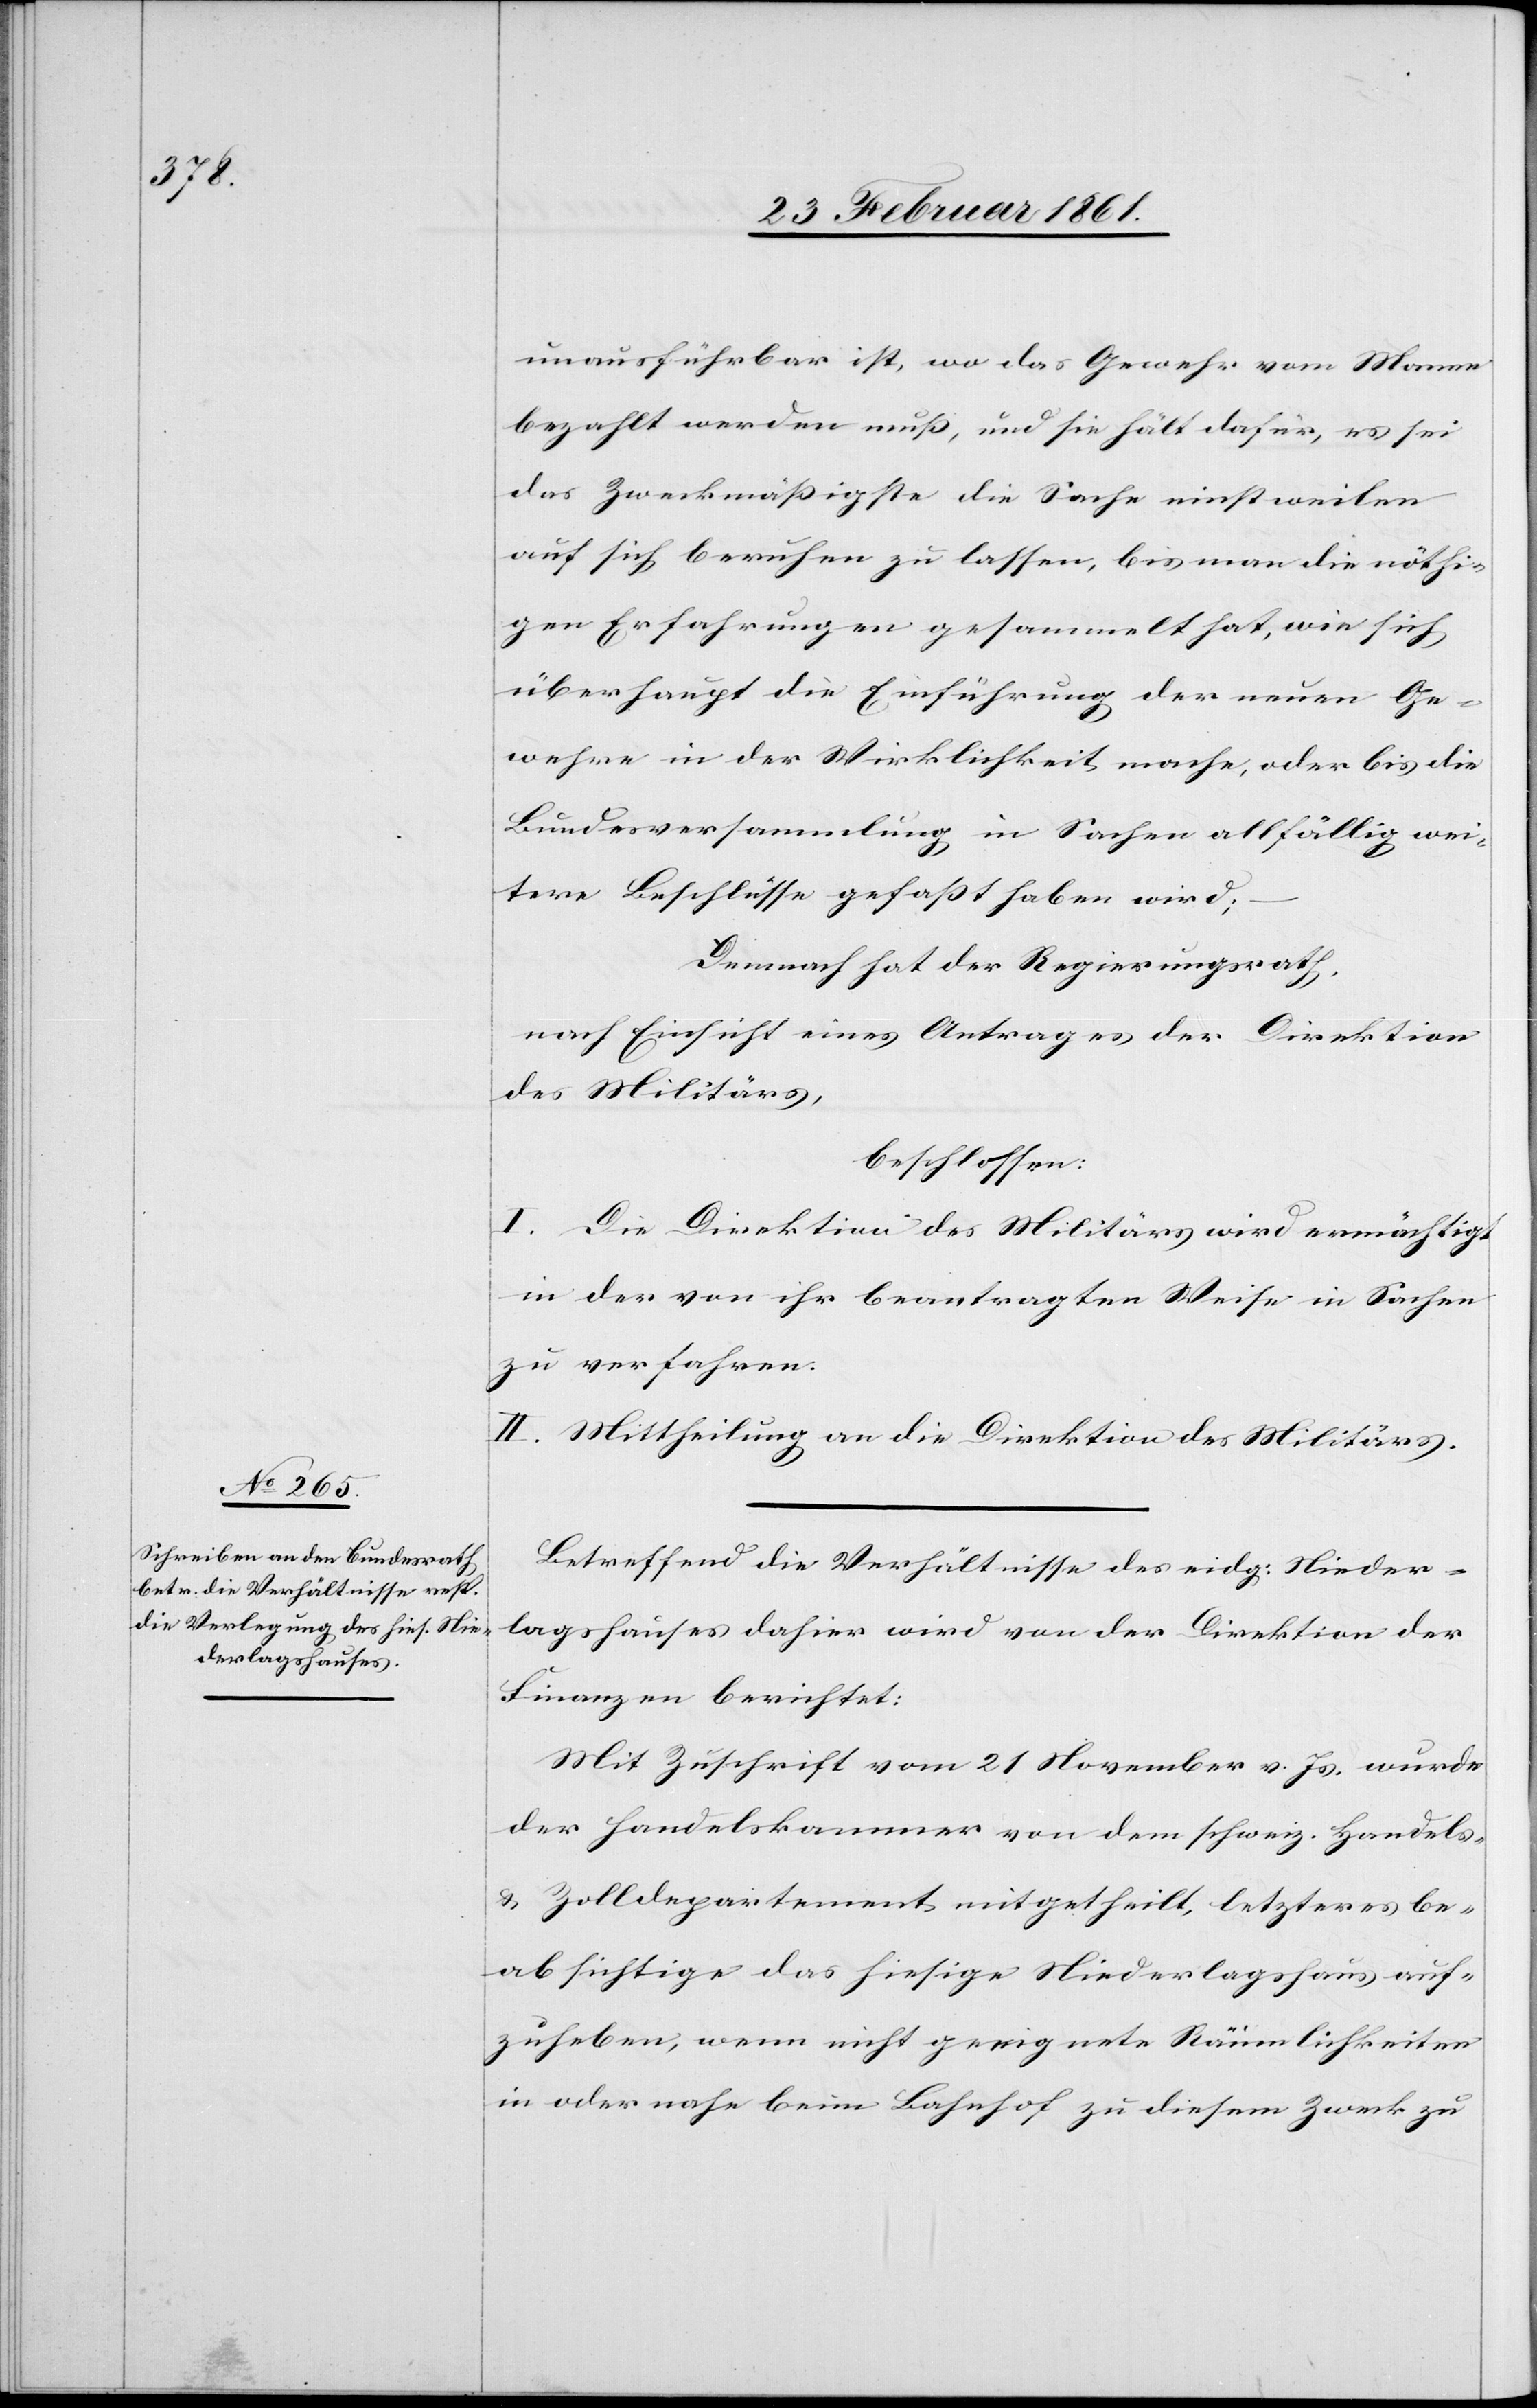
unausführbar [sic!] ist, wo das Gewehr vom Manne
bezahlt werden muss, und sie hält dafür, es sei
das Zweckmässigste die Sache einstweilen
auf sich beruhen zu lassen, bis man die nöthi¬
gen Erfahrungen gesammelt hat, wie sich
überhaupt die Einführung der neuen Ge¬
wehre in der Wirklichkeit mache, oder bis die
Bundesversammlung in Sachen allfällig wei¬
tere Beschlüsse gefasst haben wird;
Demnach hat der Regierungsrath,
nach Einsicht eines Antrages der Direktion
des Militärs,
beschlossen:
I. Die Direktion des Militärs wird ermächtigt
in der von ihr beantragten Weise in Sachen
zu verfahren.
II. Mittheilung an die Direktion des Militärs.
Betreffend die Verhältnisse des eidg: Nieder¬
lagshauses dahier wird von der Direktion der
Finanzen berichtet:
Mit Zuschrift vom 21. November v. Js. wurde
der Handelskammer von dem schweiz. Handels-
u. Zolldepartement mitgetheilt, letzteres be¬
absichtige das hiesige Niederlagshaus auf¬
zuheben, wenn nicht geeignete Räumlichkeiten
in oder nahe beim Bahnhof zu diesem Zweck zu